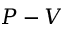
P - V